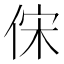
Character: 俕